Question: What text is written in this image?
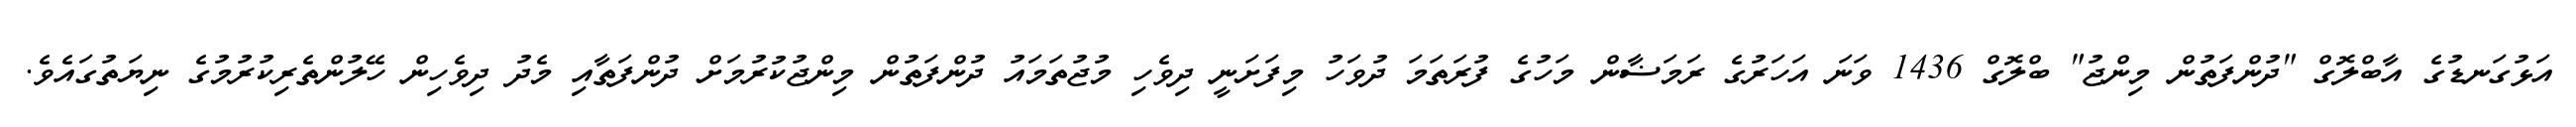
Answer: އަޅުގަނޑުގެ އާބްލޮގް "ދުންފަތުން މިންޖު" ބްލޮގް 1436 ވަނަ އަހަރުގެ ރަމަޟާން މަހުގެ ފުރަތަމަ ދުވަހު މިފަށަނީ ދިވެހި މުޖުތަމައު ދުންފަތުން މިންޖުކުރުމަށް ދުންފަތާއި މެދު ދިވެހިން ހޭލުންތެރިކުރުމުގެ ނިޔަތުގައެވެ.